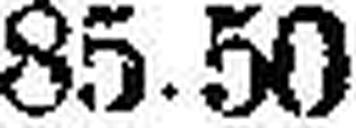
85.50